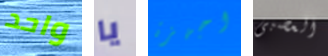
واحد يا اجهزة العصبى